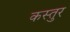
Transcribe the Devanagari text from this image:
कस्तुर